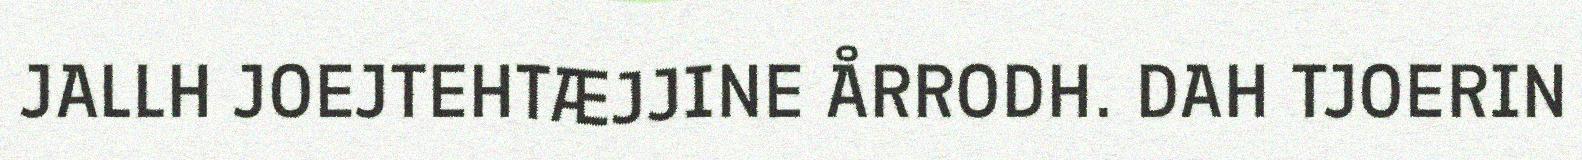
JALLH JOEJTEHTÆJJINE ÅRRODH. DAH TJOERIN